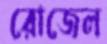
রোজেল